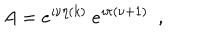
A = e ^ { \imath \nu \eta ( k ) } ~ e ^ { \imath \pi ( \nu + 1 ) } ~ ~ ,